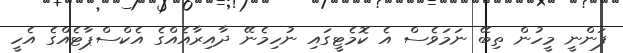
ފަންނީ މީހުން ތިބޭ ނަމަވެސް އެ ކޮމެޓީގައި ނުހިމެނޭ ދާއިރާއެއްގެ އެކްސްޕާޓެއްގެ އެހީ